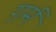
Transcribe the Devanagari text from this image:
ग़र्म